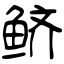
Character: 鲚